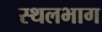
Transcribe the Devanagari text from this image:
स्थलभाग